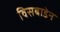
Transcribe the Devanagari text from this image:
विसबाडेन